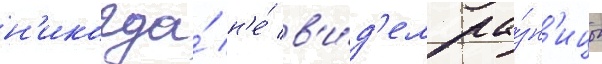
н'икогда́ н'е́ в'и́д'ел ра́зн'ицы